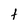
Character: t